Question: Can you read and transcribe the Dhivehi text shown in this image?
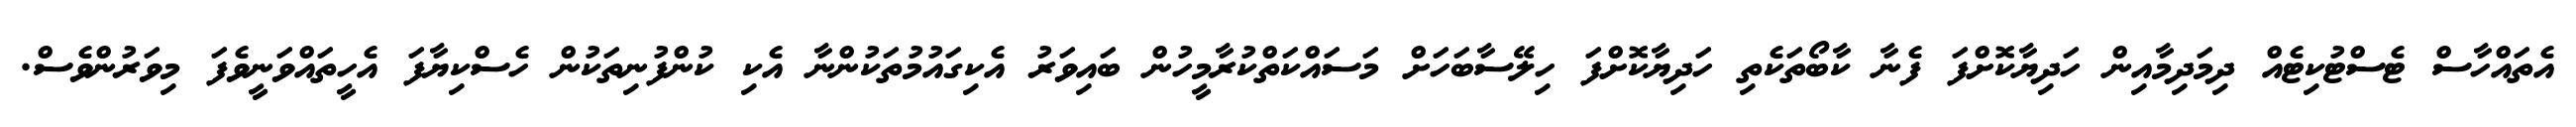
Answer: އެތައްހާސް ޓެސްޓުކިޓެއް ދިމަދިމާއިން ހަދިޔާކޮށްފަ ފެނާ ކާބޯތަކެތި ހަދިޔާކޮށްފަ ހިލޭސާބަހަށް މަސައްކަތްކުރާމީހުން ބައިވަރު އެކިގައުމުތަކުންނާ އެކި ކުންފުނިތަކުން ހެސްކިޔާފަ އެހީތައްވަނީވެފަ މިވަރުންވެސް.